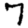
Digit: 7